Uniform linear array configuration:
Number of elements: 64
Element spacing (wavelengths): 0.25
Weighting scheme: cosine
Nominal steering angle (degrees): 45
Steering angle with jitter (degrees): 43.002
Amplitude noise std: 0.05
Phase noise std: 0.05

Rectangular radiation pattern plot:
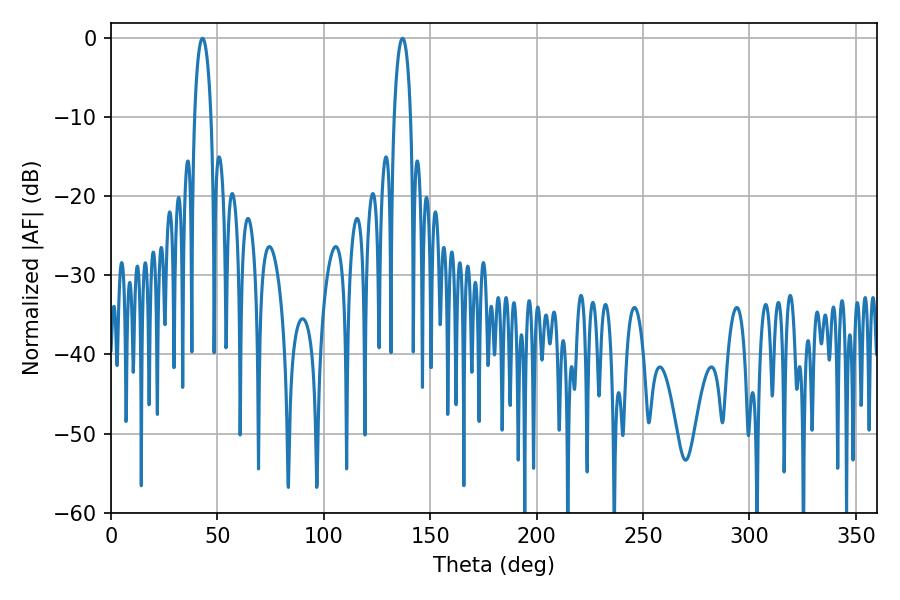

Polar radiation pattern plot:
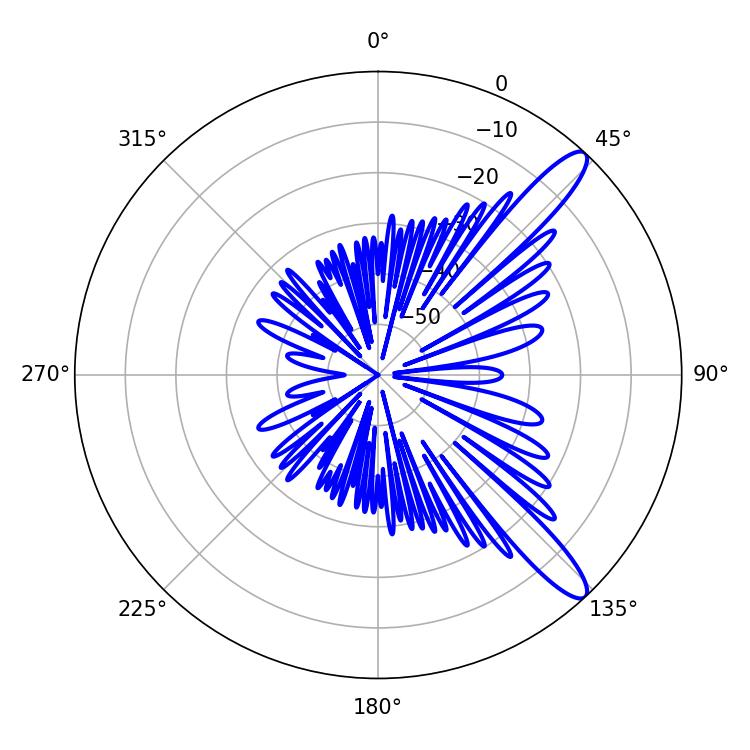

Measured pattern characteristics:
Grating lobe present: FALSE
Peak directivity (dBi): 12.311
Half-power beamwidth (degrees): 4.32
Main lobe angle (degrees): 43.02